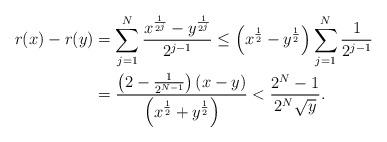
LaTeX: \begin{align*}r(x) - r(y) &= \sum_{j=1}^N \frac{x^\frac{1}{2^j} - y^\frac{1}{2^j}}{2^{j-1}}\le \left(x^\frac{1}{2} - y^\frac{1}{2}\right) \sum_{j=1}^N \frac{1}{2^{j-1}}\\&= \frac{\left(2 - \frac{1}{2^{N-1}}\right)(x-y)}{\left(x^\frac{1}{2} + y^\frac{1}{2} \right)} < \frac{2^N - 1}{2^{N}\sqrt{y}}.\end{align*}